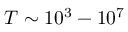
T \sim 1 0 ^ { 3 } - 1 0 ^ { 7 }